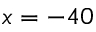
x = - 4 0